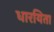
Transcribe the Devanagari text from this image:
धारयिता